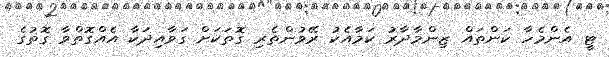
ޓީ އެންމެހާ ކަންތައް ޒިންމާދާރު ކަމާއެކު ރޭވުންތެރި ގޮތަކަށް ގަވާއިދަކާ އެއްގޮތްވާ ގޮތުގެ